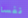
نفسا